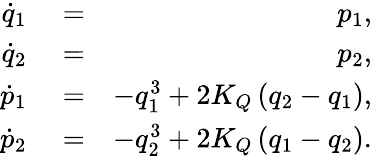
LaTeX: \begin{array}{rlr}{\dot{q}_{1}}&{{}=}&{p_{1},}\\ {\dot{q}_{2}}&{{}=}&{p_{2},}\\ {\dot{p}_{1}}&{{}=}&{-q_{1}^{3}+2K_{Q}\left(q_{2}-q_{1}\right),}\\ {\dot{p}_{2}}&{{}=}&{-q_{2}^{3}+2K_{Q}\left(q_{1}-q_{2}\right).}\end{array}